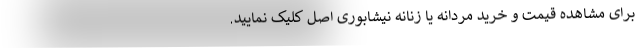
برای مشاهده قیمت و خرید مردانه یا زنانه نیشابوری اصل کلیک نمایید.